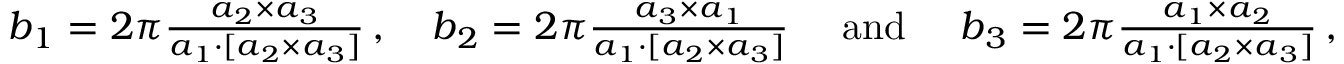
\begin{array} { r } { \boldsymbol b _ { 1 } = 2 \pi \frac { \boldsymbol a _ { 2 } \times \boldsymbol a _ { 3 } } { \boldsymbol a _ { 1 } \cdot [ \boldsymbol a _ { 2 } \times \boldsymbol a _ { 3 } ] } \, , \quad \boldsymbol b _ { 2 } = 2 \pi \frac { \boldsymbol a _ { 3 } \times \boldsymbol a _ { 1 } } { \boldsymbol a _ { 1 } \cdot [ \boldsymbol a _ { 2 } \times \boldsymbol a _ { 3 } ] } \quad \mathrm { ~ a n d ~ } \quad \boldsymbol b _ { 3 } = 2 \pi \frac { \boldsymbol a _ { 1 } \times \boldsymbol a _ { 2 } } { \boldsymbol a _ { 1 } \cdot [ \boldsymbol a _ { 2 } \times \boldsymbol a _ { 3 } ] } \, , } \end{array}